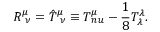
{ \cal R } _ { \ \nu } ^ { \mu } = { \hat { T } } _ { \ \nu } ^ { \mu } \equiv T _ { \, n u } ^ { \mu } - { \frac { 1 } { 8 } } T _ { \lambda } ^ { \lambda } .